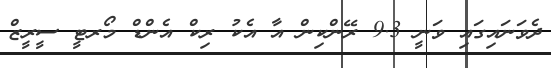
ދެވަނައިގައި ވަނީ 9.3 ރޭންކިން އާ އެކު ރިކް އެންޑް މޯރޓީ ސީރީޒް